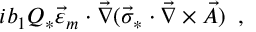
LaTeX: i b _ { 1 } Q _ { * } \vec { \varepsilon } _ { m } \cdot \vec { \nabla } ( \vec { \sigma } _ { * } \cdot \vec { \nabla } \times \vec { A } ) \, \, \, ,